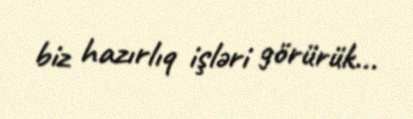
biz hazırlıq işləri görürük...